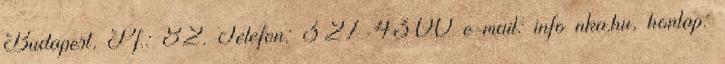
Budapest, Pf.: 82. Telefon: 327-4300 e-mail: info nka.hu, honlap: